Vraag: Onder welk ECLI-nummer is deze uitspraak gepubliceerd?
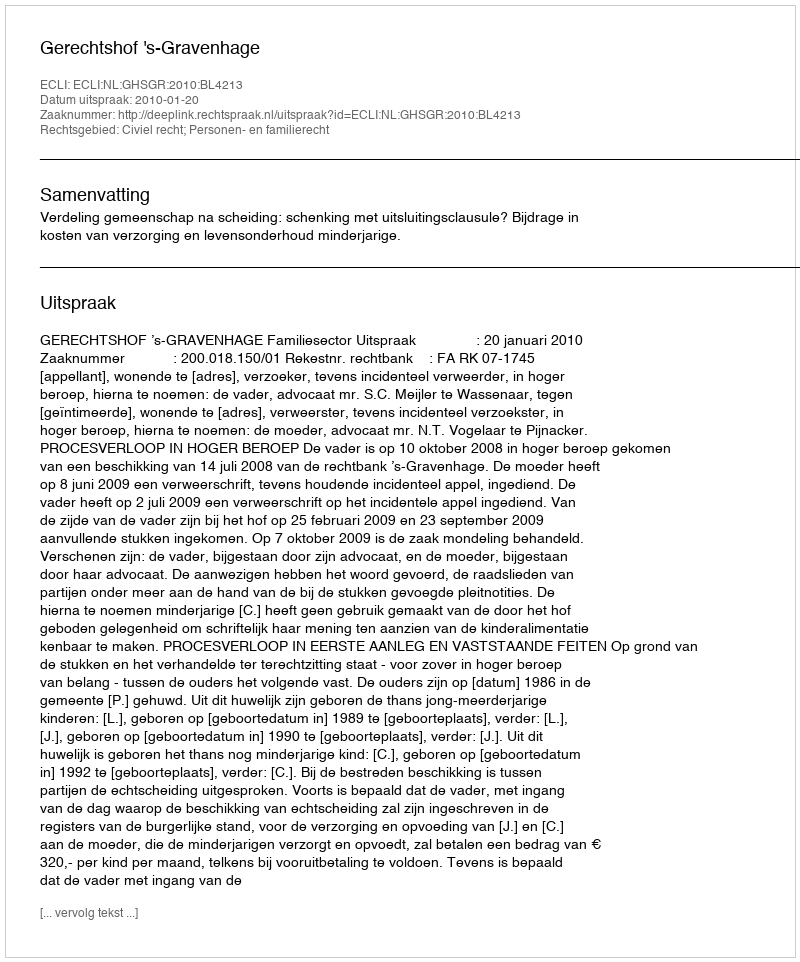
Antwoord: ECLI:NL:GHSGR:2010:BL4213